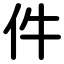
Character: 件